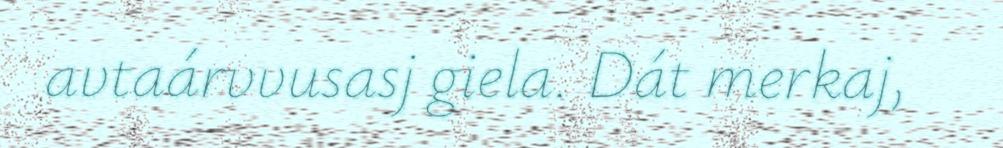
avtaárvvusasj giela. Dát merkaj,